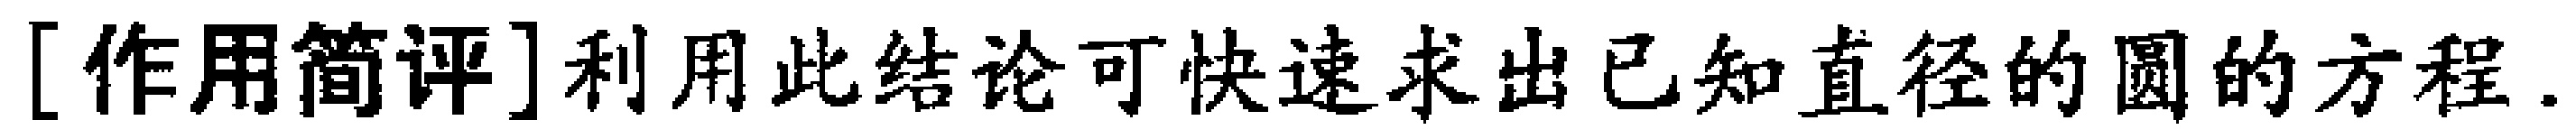
[作用简评]利用此结论可快速求出已知直径的圆的方程.